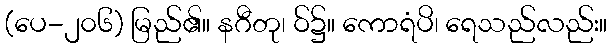
(ပေ-၂၀၆) မြည်၏။ နဂီတု၊ ဝ်၌။ ကောရံပိ၊ ရေသည်လည်း။